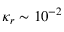
\kappa _ { r } \sim 1 0 ^ { - 2 }